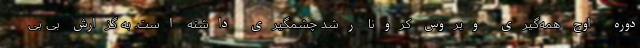
دوره اوج همه‌گیری ویروس کرونا رشد چشمگیری داشته است. به گزارش بی بی